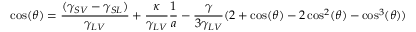
\cos ( \theta ) = { \frac { ( \gamma _ { S V } - \gamma _ { S L } ) } { \gamma _ { L V } } } + { \frac { \kappa } { \gamma _ { L V } } } { \frac { 1 } { a } } - { \frac { \gamma } { 3 \gamma _ { L V } } } ( 2 + \cos ( \theta ) - 2 \cos ^ { 2 } ( \theta ) - \cos ^ { 3 } ( \theta ) )